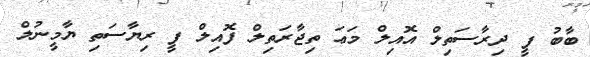
ބާބު ފީ ދިރާސަތިލް އޮއިލް މަޢަ ތިޖާރަތިލް ފޮއިލް ފީ ރިޔާސަތި ޔާމީނުލް